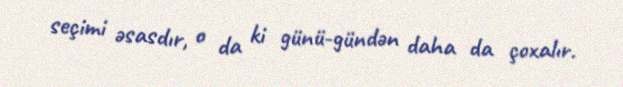
seçimi əsasdır, o da ki günü-gündən daha da çoxalır.